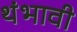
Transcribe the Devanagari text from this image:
थंभावी